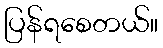
ပြန်ရစေတယ်။